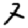
Digit: 7